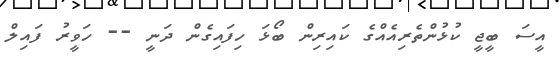
އީސަ ބީޖީ ކުޅުންތެރިއެއްގެ ކައިރިން ބޯޅަ ހިފައިގެން ދަނީ -- ހަވީރު ފައިލް